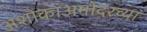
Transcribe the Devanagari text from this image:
अशोकाअगोदरच्या